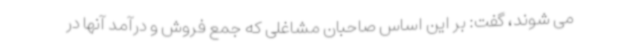
می شوند، گفت: بر این اساس صاحبان مشاغلی که جمع فروش و درآمد آنها در